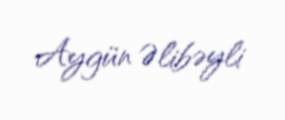
Aygün Əlibəyli